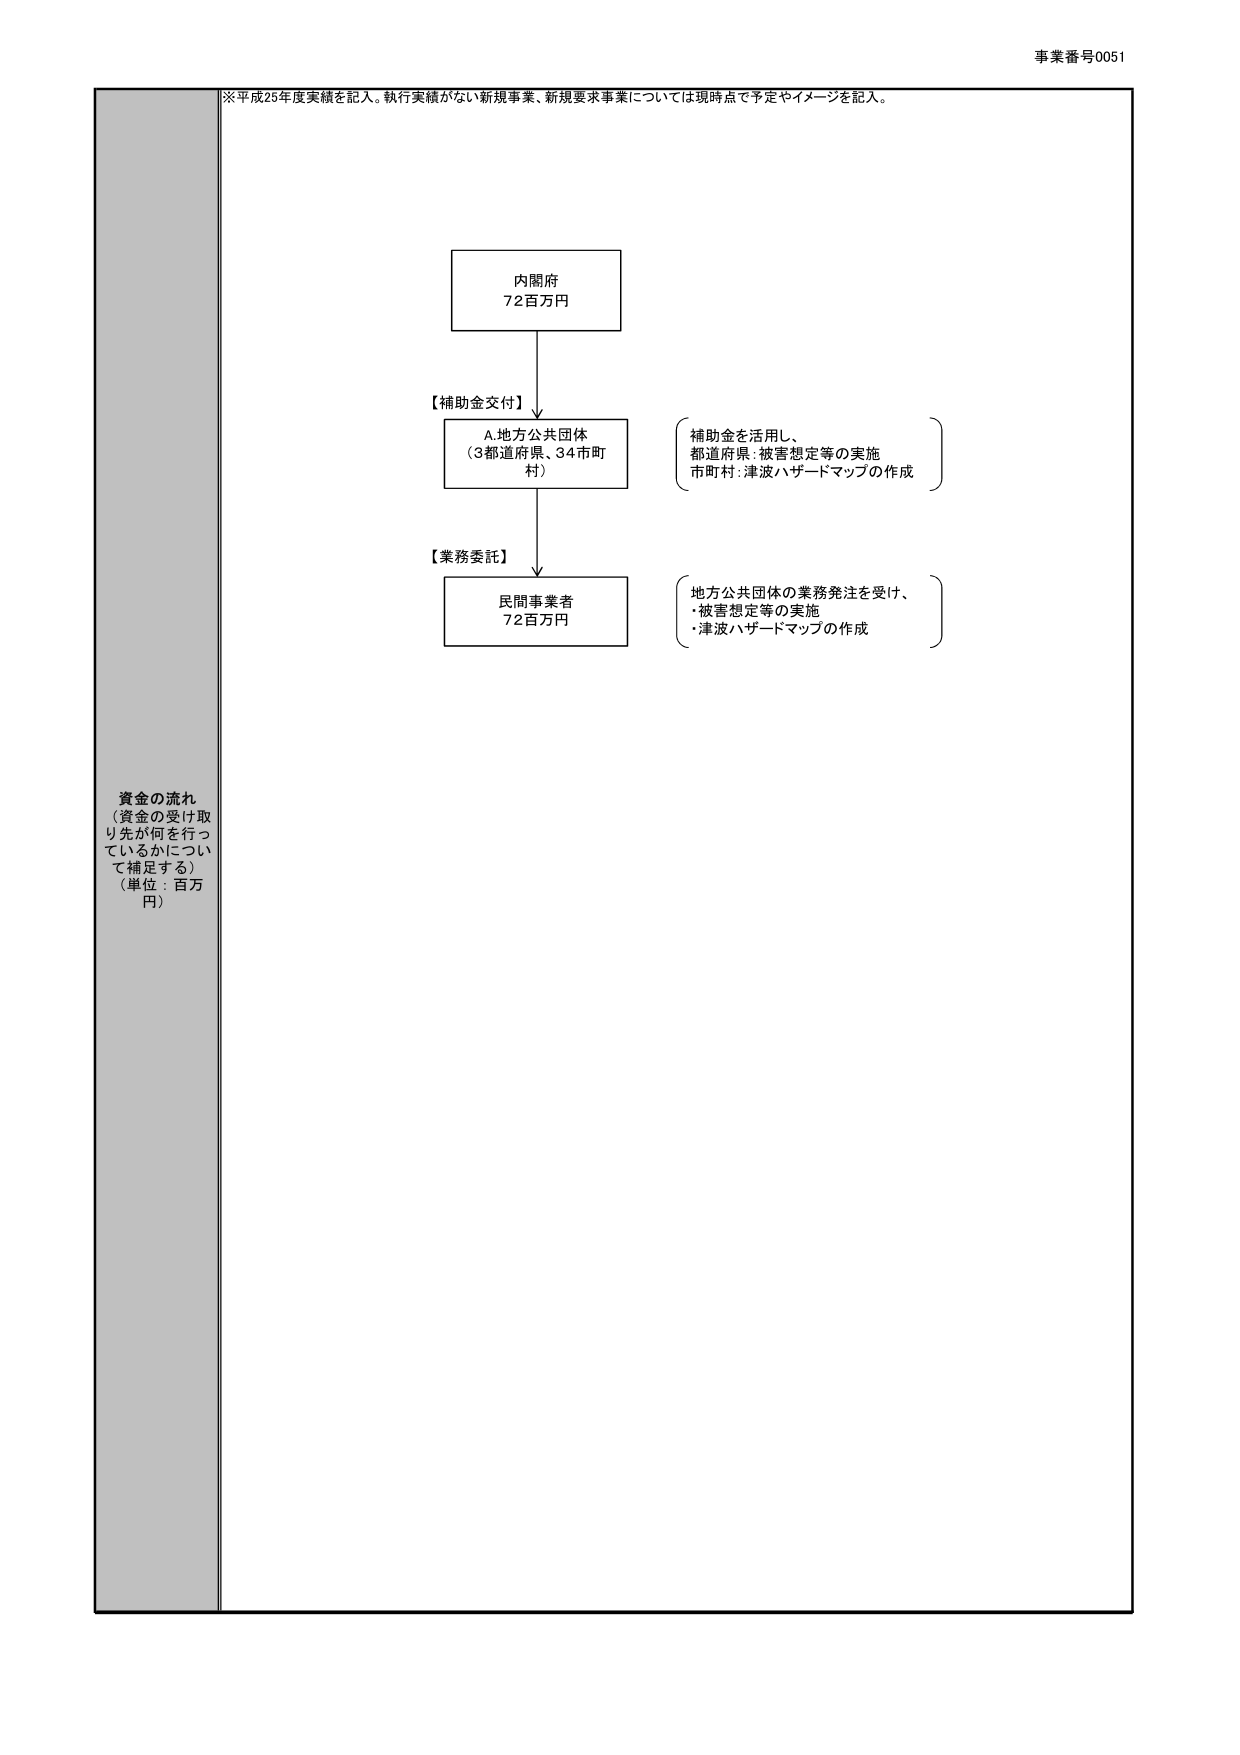
事業番号0051

※平成25年度実績を記入。執行実績がない新規事業、新規要求事業については現時点で予定やイメージを記入。

資金の流れ
（資金の受け取り先が何を行っているかについて補足する）
（単位：百万円）

内閣府
72百万円

【補助金交付】
A.地方公共団体
（3都道府県、34市町村）

補助金を活用し、
都道府県：被害想定等の実施
市町村：津波ハザードマップの作成

【業務委託】
民間事業者
72百万円

地方公共団体の業務発注を受け、
・被害想定等の実施
・津波ハザードマップの作成